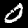
Digit: 0